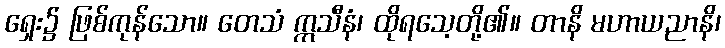
ရှေး၌ ဖြစ်ကုန်သော။ တေသံ ဣသီနံ၊ ထိုရသေ့တို့၏။ တာနိ မဟာယညာနိ၊